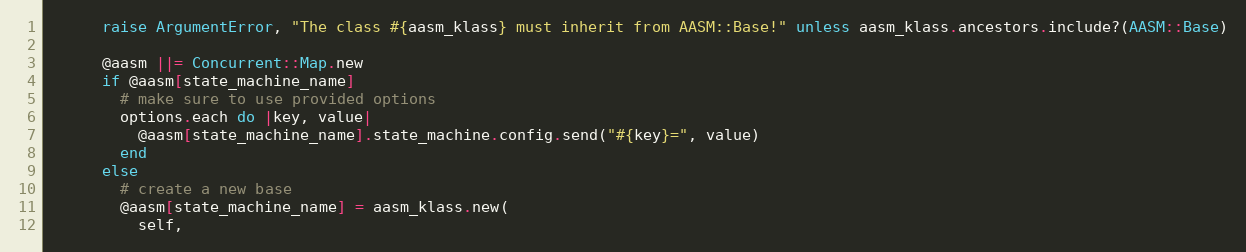
Language: Ruby
      raise ArgumentError, "The class #{aasm_klass} must inherit from AASM::Base!" unless aasm_klass.ancestors.include?(AASM::Base)

      @aasm ||= Concurrent::Map.new
      if @aasm[state_machine_name]
        # make sure to use provided options
        options.each do |key, value|
          @aasm[state_machine_name].state_machine.config.send("#{key}=", value)
        end
      else
        # create a new base
        @aasm[state_machine_name] = aasm_klass.new(
          self,